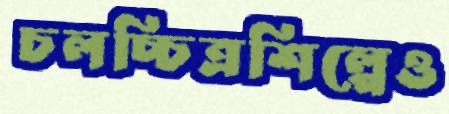
চলচ্চিত্রশিল্পেও